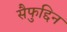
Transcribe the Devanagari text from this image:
सैफुद्दिन